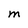
Character: M